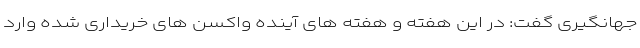
جهانگیری گفت: در این هفته و هفته های آینده واکسن های خریداری شده وارد